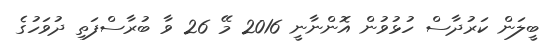
ބީލަން ކަރުދާސް ހުޅުވުން އޮންނާނީ 2016 މޭ 26 ވާ ބުރާސްފަތި ދުވަހުގެ